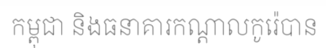
កម្ពុជា និងធនាគារកណ្តាលកូរ៉េបាន